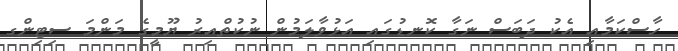
ހާސްކަމާއި އެކު ދަބަސް ނަގާ ކޮނޑުގައި އަޅުވާލަމުން ނުކުތްއިރު ޔޫމީގެ މަންމަ ސިޓިންގ